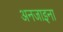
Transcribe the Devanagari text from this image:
अनजाइना